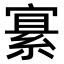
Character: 𫳲